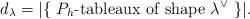
LaTeX: \begin{align*}d_\lambda = \lvert \{ \textup{ $P_h$-tableaux of shape $\lambda^{\vee}$ } \} \rvert.\end{align*}